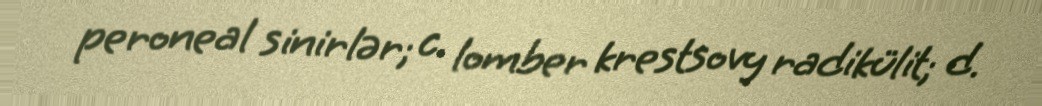
peroneal sinirlər; c. lomber krestsovy radikülit; d.